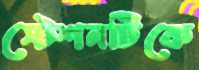
স্টেশনটিকে